Indian Civil Veterinary Department memoirs
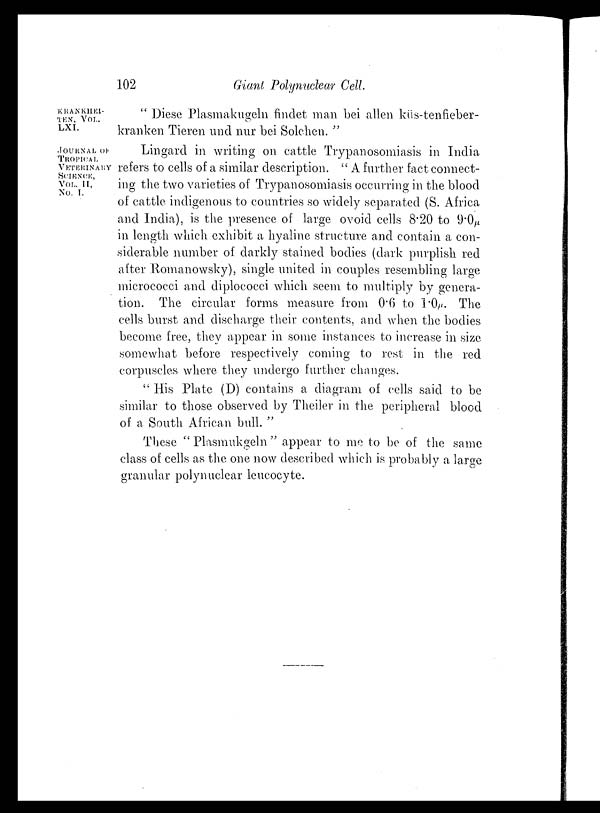
102
Giant Polynuclear Cell.
KRANKHEI¬
TEN, VOL.
LXI.
" Diese Plasmakugeln findet man bei allen küs-tenfieber¬
kranken Tieren und nur bei Solchen. "
JOURNAL OF
TROPICAL
VETERINARY
SCIENCE,
VOL. II,
No. I.
Lingard in writing on cattle Trypanosomiasis in India
refers to cells of a similar description. "A further fact connect-
ing the two varieties of Trypanosomiasis occurring in the blood
of cattle indigenous to countries so widely separated (S. Africa
and India), is the presence of large ovoid cells 8.20 to 9.0µ
in length which exhibit a hyaline structure and contain a con-
siderable number of darkly stained bodies (dark purplish red
after Romanowsky), single united in couples resembling large
micrococci and diplococci which seem to multiply by genera-
tion. The circular forms measure from 0.6 to 1.0µ. The
cells burst and discharge their contents, and when the bodies
become free, they appear in some instances to increase in size
somewhat before respectively coming to rest in the red
corpuscles where they undergo further changes.
" His Plate (D) contains a diagram of cells said to be
similar to those observed by Theiler in the peripheral blood
of a South African bull."
These "Plasmukgeln" appear to me to be of the same
class of cells as the one now described which is probably a large
granular polynuclear leucocyte.